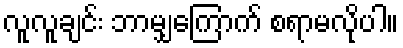
လူလူချင်း ဘာမျှကြောက် စရာမလိုပါ။